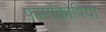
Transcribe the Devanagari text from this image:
फ़ार्माकोपिया